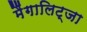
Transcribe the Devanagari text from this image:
मैंगालिट्जा